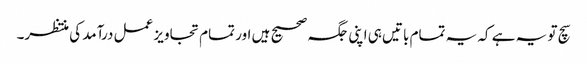
سچ تو یہ ہے کہ یہ تمام باتیں ہی اپنی جگہ صحیح ہیں اور تمام تجاویز عمل درآمد کی منتظر۔